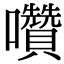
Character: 囋